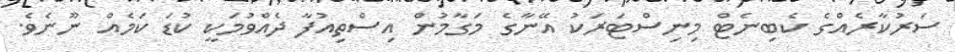
ސަރުކާރެއްގެ ކެބިނެޓް މިނިސްޓަރަކު އޭނާގެ މަގާމުން އިސްތިއުފާ ދެއްވުމަކީ ކުޑަ ކަމެއް ނޫނެވެ.